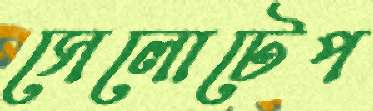
সেলোটেপ